Civil Veterinary Dept. Bombay admin report 1907-1913 - 1907-1913
Year: 1907
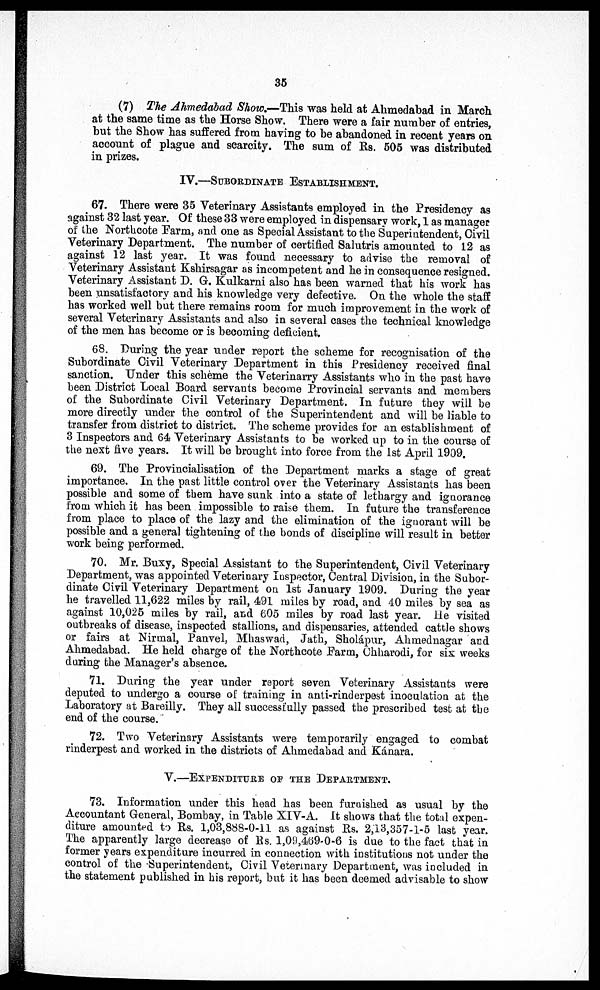
35
(7) The Ahmedabad Show.—This was held at Ahmedabad in March
at the same time as the Horse Show. There were a fair number of entries,
but the Show has suffered from having to be abandoned in recent years on
account of plague and scarcity. The sum of Rs. 505 was distributed
in prizes.
IV.—SUBORDINATE ESTABLISHMENT.
67. There were 35 Veterinary Assistants employed in the Presidency as
against 32 last year. Of these 33 were employed in dispensary work, 1 as manager
of the Northcote Farm, and one as Special Assistant to the Superintendent, Civil
Veterinary Department. The number of certified Salutris amounted to 12 as
against 12 last year. It was found necessary to advise the removal of
Veterinary Assistant Kshirsagar as incompetent and he in consequence resigned.
Veterinary Assistant D. G. Kulkarni also has been warned that his work has
been unsatisfactory and his knowledge very defective. On the whole the staff
has worked well but there remains room for much improvement in the work of
several Veterinary Assistants and also in several cases the technical knowledge
of the men has become or is becoming deficient.
68. During the year under report the scheme for recognisation of the
Subordinate Civil Veterinary Department in this Presidency received final
sanction. Under this scheme the Veterinarry Assistants who in the past have
been District Local Board servants become Provincial servants and members
of the Subordinate Civil Veterinary Department. In future they will be
more directly under the control of the Superintendent and will be liable to
transfer from district to district. The scheme provides for an establishment of
3 Inspectors and 64 Veterinary Assistants to be worked up to in the course of
the next five years. It will be brought into force from the 1st April 1909.
69. The Provincialisation of the Department marks a stage of great
importance. In the past little control over the Veterinary Assistants has been
possible and some of them have sunk into a state of lethargy and ignorance
from which it has been impossible to raise them. In future the transference
from place to place of the lazy and the elimination of the ignorant will be
possible and a general tightening of the bonds of discipline will result in better
work being performed.
70. Mr. Buxy, Special Assistant to the Superintendent, Civil Veterinary
Department, was appointed Veterinary Inspector, Central Division, in the Subor-
dinate Civil Veterinary Department on 1st January 1909. During the year
he travelled 11,622 miles by rail, 491 miles by road, and 40 miles by sea as
against 10,025 miles by rail, and 605 miles by road last year. He visited
outbreaks of disease, inspected stallions, and dispensaries, attended cattle shows
or fairs at Nirmal, Panvel, Mhaswad, Jath, Sholápur, Ahmednagar and
Ahmedabad. He held charge of the Northcote Farm, Chharodi, for six weeks
during the Manager's absence.
71. During the year under report seven Veterinary Assistants were
deputed to undergo a course of training in anti-rinderpest inoculation at the
Laboratory at Bareilly. They all successfully passed the prescribed test at the
end of the course.
72. Two Veterinary Assistants were temporarily engaged to combat
rinderpest and worked in the districts of Ahmedabad and Kánara.
V.—EXPENDITURE OF THE DEPARTMENT.
73. Information under this head has been furnished as usual by the
Accountant General, Bombay, in Table XIV-A. It shows that the total expen-
diture amounted to Its. 1,03,888-0-11 as against Rs. 2,13,357-1-5 last year.
The apparently large decrease of Rs. 1,09,469-0-6 is due to the fact that in
former years expenditure incurred in connection with institutions not under the
control of the Superintendent, Civil Veterinary Department, was included in
the statement published in his report, but it has been deemed advisable to show